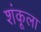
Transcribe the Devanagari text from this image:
शंकूला